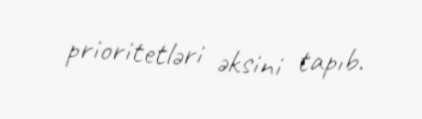
prioritetləri əksini tapıb.